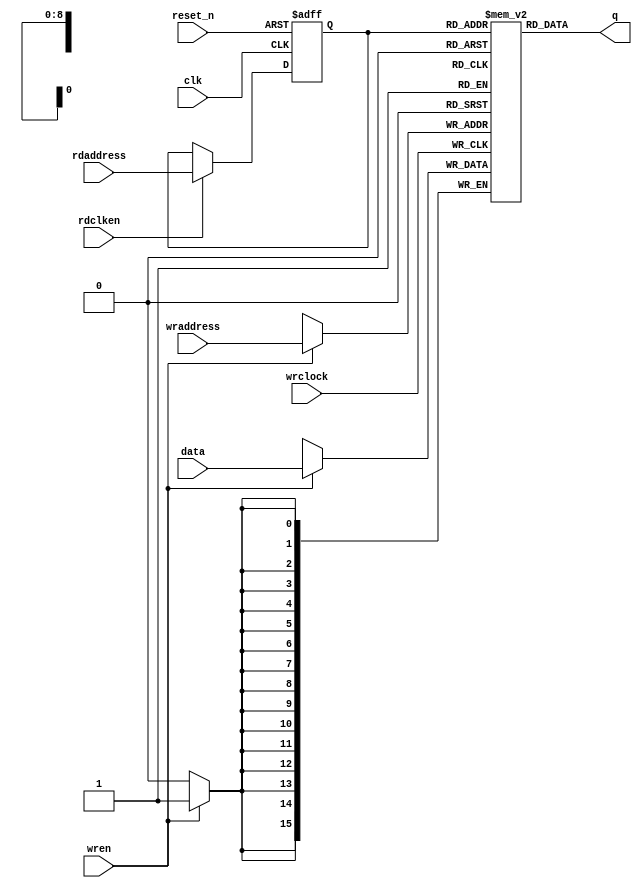
module soc_design_General_DMA_fifo_module_fifo_ram_module (
                                                             clk,
                                                             data,
                                                             rdaddress,
                                                             rdclken,
                                                             reset_n,
                                                             wraddress,
                                                             wrclock,
                                                             wren,
                                                             q
                                                          )
;
  output  [ 15: 0] q;
  input            clk;
  input   [ 15: 0] data;
  input   [  8: 0] rdaddress;
  input            rdclken;
  input            reset_n;
  input   [  8: 0] wraddress;
  input            wrclock;
  input            wren;
  reg     [ 15: 0] mem_array [511: 0];
  wire    [ 15: 0] q;
  reg     [  8: 0] read_address;
  always @(posedge clk or negedge reset_n)
    begin
      if (reset_n == 0)
          read_address <= 0;
      else if (rdclken)
          read_address <= rdaddress;
    end
  assign q = mem_array[read_address];
  always @(posedge wrclock)
    begin
      if (wren)
          mem_array[wraddress] <= data;
    end
endmodule